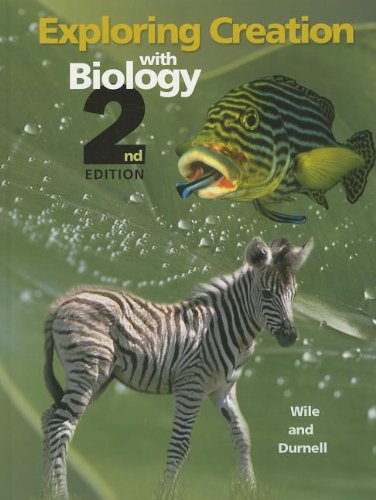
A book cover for Exploring Creation with Biology (Textbook Only); Dr. Jay L. Wile; Teen & Young Adult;